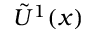
\tilde { U } ^ { 1 } ( x )